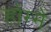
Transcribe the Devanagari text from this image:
होम्मे